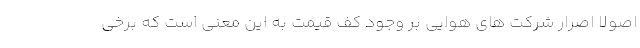
اصولاً اصرار شرکت های هوایی بر وجود کف قیمت به این معنی است که برخی